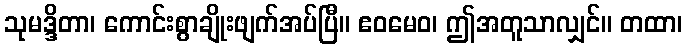
သုမဒ္ဒိတာ၊ ကောင်းစွာချိုးဖျက်အပ်ပြီ။ ဧဝမေဝ၊ ဤအတူသာလျှင်။ တထာ၊